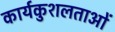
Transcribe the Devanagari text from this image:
कार्यकुशलताओं